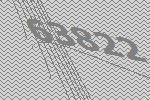
63822